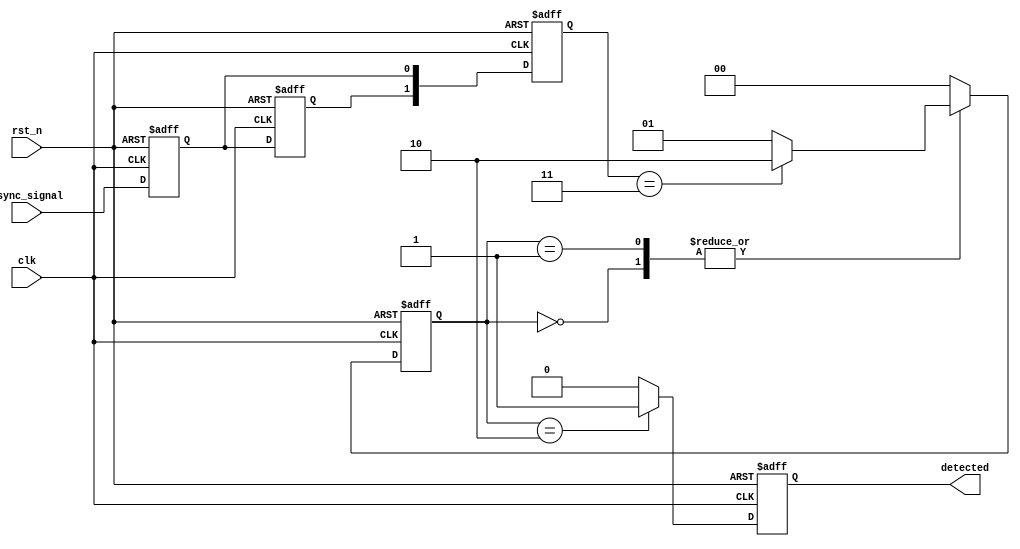
module dual_ff_detector (
    input wire clk,                // Clock signal
    input wire rst_n,              // Active low reset
    input wire async_signal,       // Asynchronous input signal
    output reg detected            // Output signal indicating pattern detection
);

// Internal signals for flip-flops
reg ff1, ff2;
reg [1:0] state;                 // State variable to hold intermediate states

// Memory blocks to store states
reg [1:0] mem_block;             // Memory block for storing states

// Parameter for specific pattern (example: 2'b11)
parameter PATTERN = 2'b11;

// State encoding
localparam IDLE = 2'b00,
           DETECT = 2'b01,
           MATCH = 2'b10;

// Flip-flop synchronization
always @(posedge clk or negedge rst_n) begin
    if (!rst_n) begin
        ff1 <= 1'b0;
        ff2 <= 1'b0;
    end else begin
        ff1 <= async_signal;  // Sample the asynchronous signal
        ff2 <= ff1;           // Synchronize with the second flip-flop
    end
end

// State machine for pattern detection
always @(posedge clk or negedge rst_n) begin
    if (!rst_n) begin
        state <= IDLE;
        detected <= 1'b0;
        mem_block <= 2'b00;
    end else begin
        // Store the current state in memory block
        mem_block <= {ff2, ff1}; // Store the states of the flip-flops

        // State machine logic
        case (state)
            IDLE: begin
                if (mem_block == PATTERN) begin
                    state <= MATCH; // Transition to MATCH state if pattern detected
                end else begin
                    state <= DETECT; // Transition to DETECT state
                end
                detected <= 1'b0; // Reset detected signal
            end

            DETECT: begin
                if (mem_block == PATTERN) begin
                    state <= MATCH; // Transition to MATCH state if pattern detected
                end else begin
                    state <= DETECT; // Remain in DETECT state
                end
                detected <= 1'b0; // Reset detected signal
            end

            MATCH: begin
                detected <= 1'b1; // Assert detected signal
                state <= IDLE;    // Return to IDLE state after detection
            end

            default: begin
                state <= IDLE;    // Default state
                detected <= 1'b0; // Reset detected signal
            end
        endcase
    end
end

endmodule